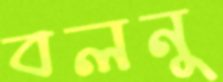
বলনু